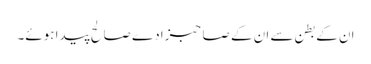
ان کے بطن سے ان کے صاحبزادے صالح پیدا ہوئے۔